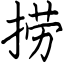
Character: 捞